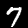
Label: 7